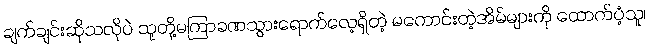
ချက်ချင်းဆိုသလိုပဲ သူတို့မကြာခဏသွားရောက်လေ့ရှိတဲ့ မကောင်းတဲ့အိမ်များကို ထောက်ပံ့သူ၊